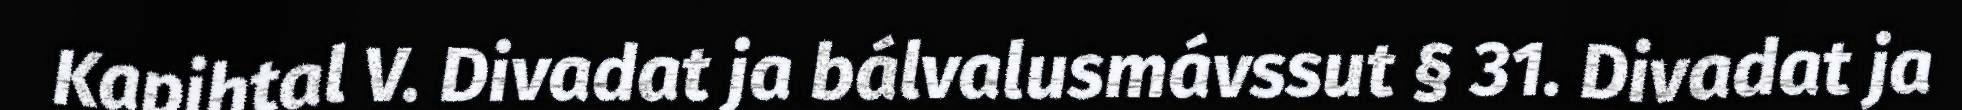
Kapihtal V. Divadat ja bálvalusmávssut § 31. Divadat ja